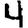
Digit: 4